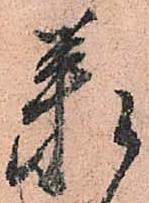
承